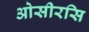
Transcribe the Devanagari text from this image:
ओसीरसि